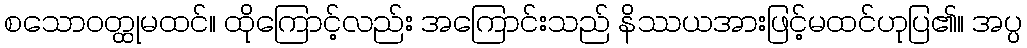
စသောဝတ္ထုမထင်။ ထိုကြောင့်လည်း အကြောင်းသည် နိဿယအားဖြင့်မထင်ဟုပြ၏။ အပ္ပ